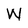
Character: M